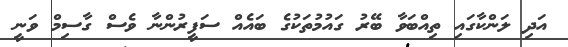
އަދި ލަންކާގައި ތިއްބަވާ ބޭރު ގައުމުތަކުގެ ބައެއް ސަފީރުންނާ ވެސް ގާސިމް ވަނީ